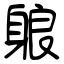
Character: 躴